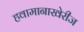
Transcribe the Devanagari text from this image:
हवामानाखेरीज